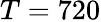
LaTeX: T=720